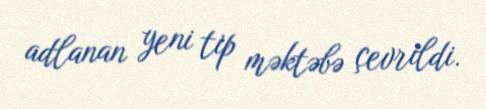
adlanan yeni tip məktəbə çevrildi.